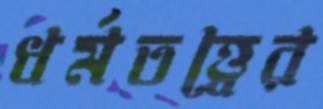
ধর্মতত্ত্বের